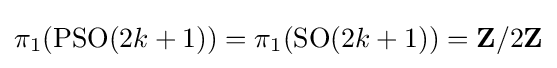
\pi _{1}(\operatorname {PSO} (2k+1))=\pi _{1}(\operatorname {SO} (2k+1))=\mathbf {Z} /2\mathbf {Z}